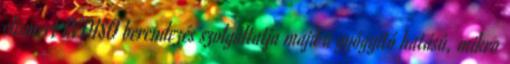
elismert INDISO berendezés szolgáltatja majd a gyógyító hatású, mikro